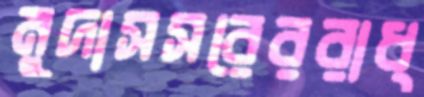
মুদাসসরেররাধ্